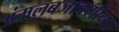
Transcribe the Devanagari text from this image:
अंमलबजावणीच्या